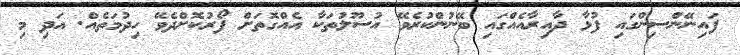
ފައިނޭންސިންގައި ފުޅާ ދާއިރާއެއްގައި ބޭނުންކުރެވޭ އުސޫލުތަކާ އެއްގޮތަށް ފޯރުކޮށްދެވޭ ހިދުމަތެއް. އަދި މި